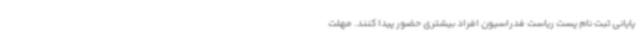
پایانی ثبت نام پست ریاست فدراسیون افراد بیشتری حضور پیدا کنند. مهلت